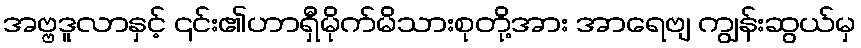
အဗ္ဗဒူလာနှင့် ၎င်း၏ဟာရှီမိုက်မိသားစုတို့အား အာရေဗျ ကျွန်းဆွယ်မှ